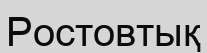
Ростовтық